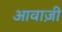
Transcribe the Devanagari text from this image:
आवाज़ी